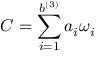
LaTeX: C = \displaystyle \sum _ { i = 1 } ^ { b ^ { ( 3 ) } } a _ { i } \omega _ { i }